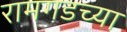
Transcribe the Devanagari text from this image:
रामगडच्या